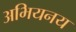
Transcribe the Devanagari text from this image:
अभियनय